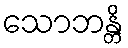
သောဘန္တိ